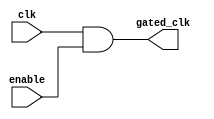
module clock_gating_control (
    input wire clk,               // Original clock signal
    input wire enable,            // Enable signal for clock gating
    output wire gated_clk         // Gated clock output
);
    // Gated clock logic using AND gate
    assign gated_clk = clk & enable; // Clock is passed only if enabled
endmodule